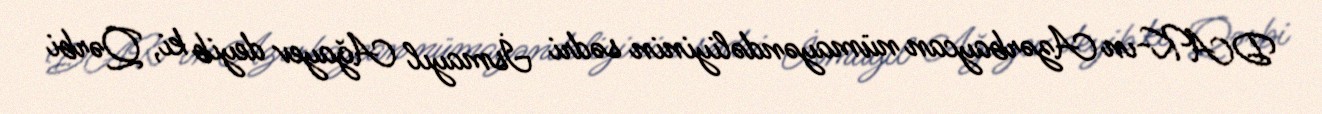
DAK-ın Azərbaycan nümayəndəliyinin sədri İsmayıl Ağayev deyib ki, Qərbi